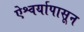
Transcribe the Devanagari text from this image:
ऐश्वर्यापासून